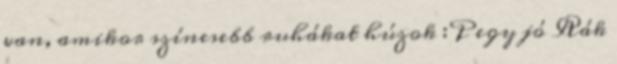
van, amikor színesebb ruhákat húzok :P egy jó Rák